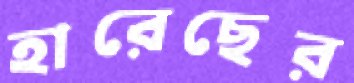
হারেছের